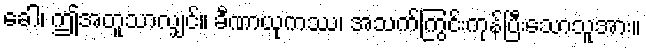
ခေါ၊ ဤအတူသာလျှင်။ ခီဏာယုကဿ၊ အသက်ကြွင်းကုန်ပြီးသောသူအား။